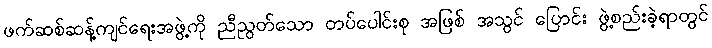
ဖက်ဆစ်ဆန့်ကျင်ရေးအဖွဲ့ကို ညီညွတ်သော တပ်ပေါင်းစု အဖြစ် အသွင် ပြောင်း ဖွဲ့စည်းခဲ့ရာတွင်